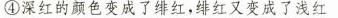
④深红的颜色变成了绯红，绯红又变成了浅红